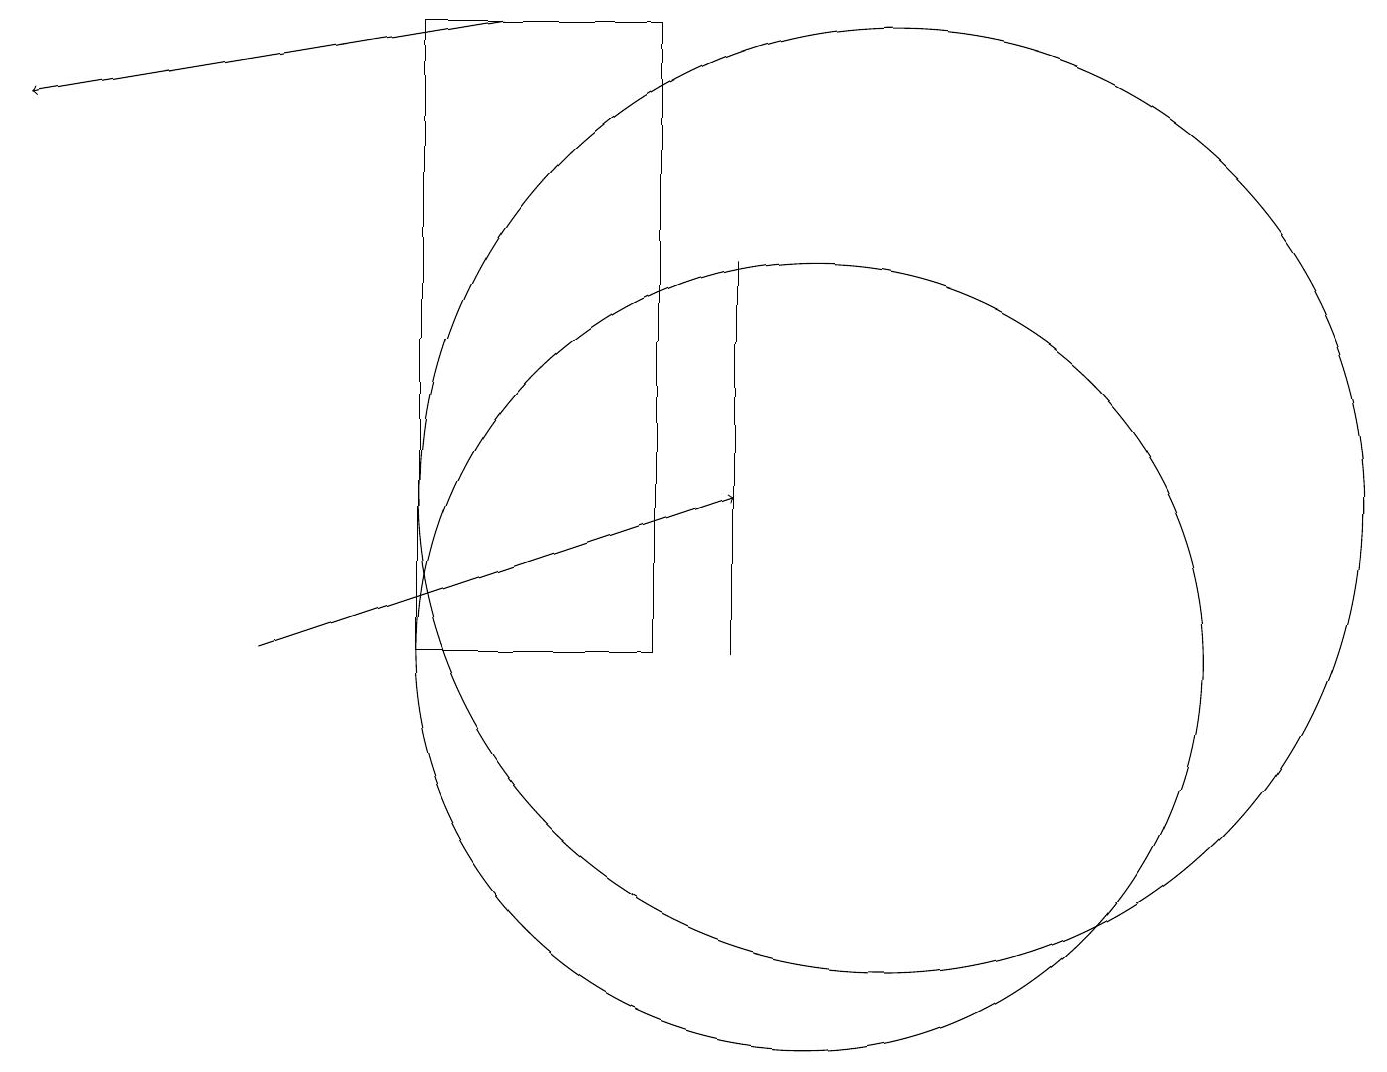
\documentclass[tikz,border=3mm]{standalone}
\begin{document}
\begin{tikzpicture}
\draw (9,10) rectangle (9,15);
\draw (11,12) circle (6);
\draw[->] (3,10) -- (9,12);
\draw (5,10) rectangle (8,18);
\draw (10,10) circle (5);
\draw[->] (6,18) -- (0,17);
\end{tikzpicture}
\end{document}